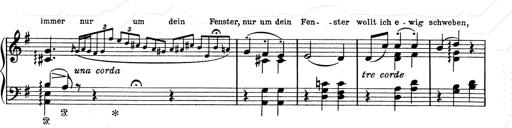
Title: 6 Polish Songs
Composer: Franz Liszt